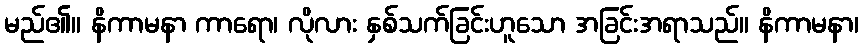
မည်၏။ နိကာမနာ ကာရော၊ လိုလား နှစ်သက်ခြင်းဟူသော အခြင်းအရာသည်။ နိကာမနာ၊